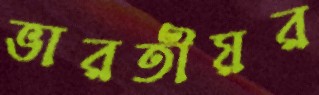
ভারতীয়র